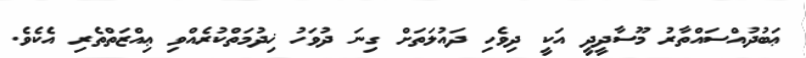
ޢަބުދުއްސައްތާރު މޫސާދީދީ އަކީ ދިވެހި ދައުލަތަށް ގިނަ ދުވަހު ޚިދުމަތްކުރެއްވި ޢިއްޒަތްތެރި އެކެވެ.